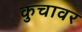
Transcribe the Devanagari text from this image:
कुचावर